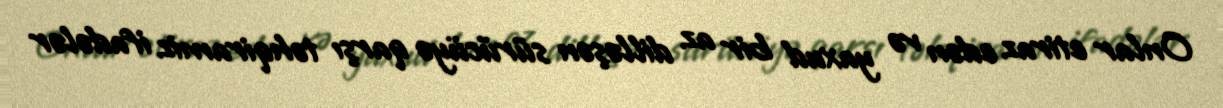
Onlar etiraz edən və yaxud bir az dilləşən sürücüyə qarşı təhqiramiz ifadələr